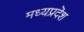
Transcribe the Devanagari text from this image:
मध्यप्रदॆश